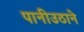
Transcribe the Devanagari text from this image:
पानीउठाने